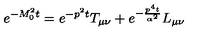
e ^ { - M _ { 0 } ^ { 2 } t } = e ^ { - p ^ { 2 } t } T _ { \mu \nu } + e ^ { - \frac { p ^ { 4 } t } { \alpha ^ { 2 } } } L _ { \mu \nu }